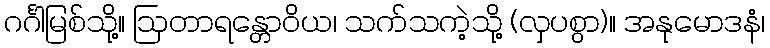
ဂင်္ဂါမြစ်သို့။ ဩတာရန္တောဝိယ၊ သက်သကဲ့သို့ (လှပစွာ)။ အနုမောဒနံ၊